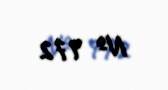
№ 972